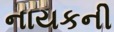
નાયકની